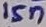
Text: 15n